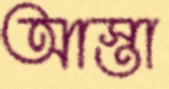
আস্তা